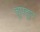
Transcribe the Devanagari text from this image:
चुपचुप